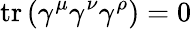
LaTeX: \operatorname{tr}\left(\gamma^{\mu}\gamma^{\nu}\gamma^{\rho}\right)=0